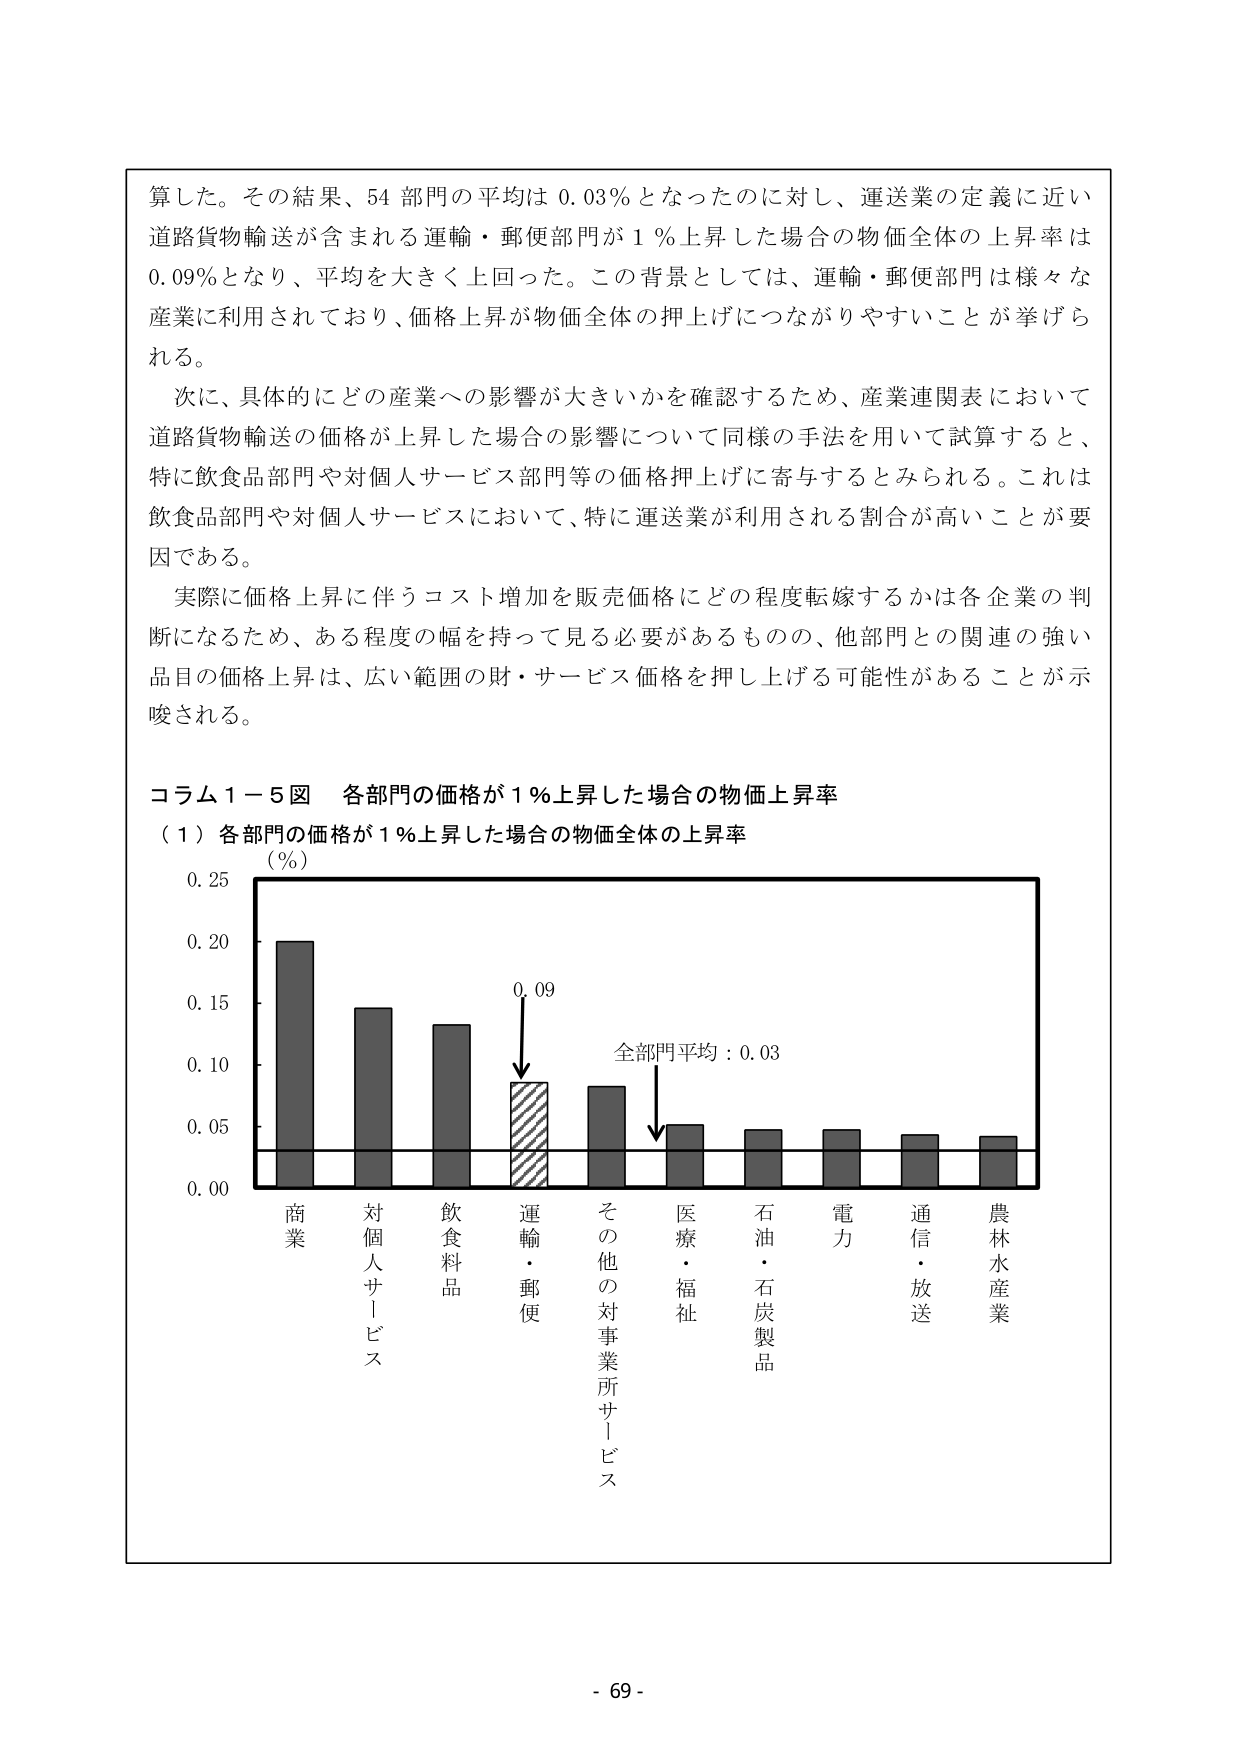
算した。その結果、54 部門の平均は 0.03％となったのに対し、運送業の定義に近い道路貨物輸送が含まれる運輸・郵便部門が 1％上昇した場合の物価全体の上昇率は 0.09％となり、平均を大きく上回った。この背景としては、運輸・郵便部門は様々な産業に利用されており、価格上昇が物価全体の押上げにつながりやすいことが挙げられる。

次に、具体的にどの産業への影響が大きいかを確認するため、産業連関表において道路貨物輸送の価格が上昇した場合の影響について同様の手法を用いて試算すると、特に飲食品部門や対個人サービス部門等の価格押上げに寄与するとみられる。これは飲食品部門や対個人サービスにおいて、特に運送業が利用される割合が高いことが要因である。

実際に価格上昇に伴うコスト増加を販売価格にどの程度転嫁するかは各企業の判断になるため、ある程度の幅を持って見る必要があるものの、他部門との関連の強い品目の価格上昇は、広い範囲の財・サービス価格を押し上げる可能性があることが示唆される。

コラム１－５図 各部門の価格が１％上昇した場合の物価上昇率
（１）各部門の価格が１％上昇した場合の物価全体の上昇率
（％）
0.25
0.20
0.15
0.10
0.05
0.00
商業
対個人サービス
飲食料品
運輸・郵便
その他の対事業所サービス
医療・福祉
石油・石炭製品
電力
通信・放送
農林水産業
0.09
全部門平均：0.03

- 69 -